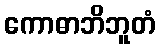
ကောဓာဘိဘူတံ